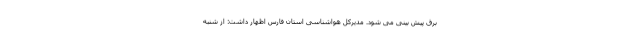
برق پیش بینی می شود. مدیرکل هواشناسی استان فارس اظهار داشت: از شنبه